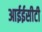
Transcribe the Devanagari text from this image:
आईईसीटी